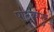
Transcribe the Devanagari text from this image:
पाठकपुर